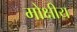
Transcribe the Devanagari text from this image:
मोक्षीय